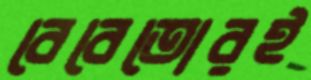
বেবেতোরই